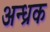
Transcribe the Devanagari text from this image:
अन्ध्रक